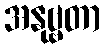
အနုဗ္ဗတာ